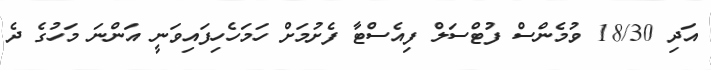
އަދި 18/30 ވުމެންސް ފުޓްސަލް ފިއެސްޓާ ފެށުމަށް ހަމަހެހިފައިވަނީ އަންނަ މަހުގެ ދެ